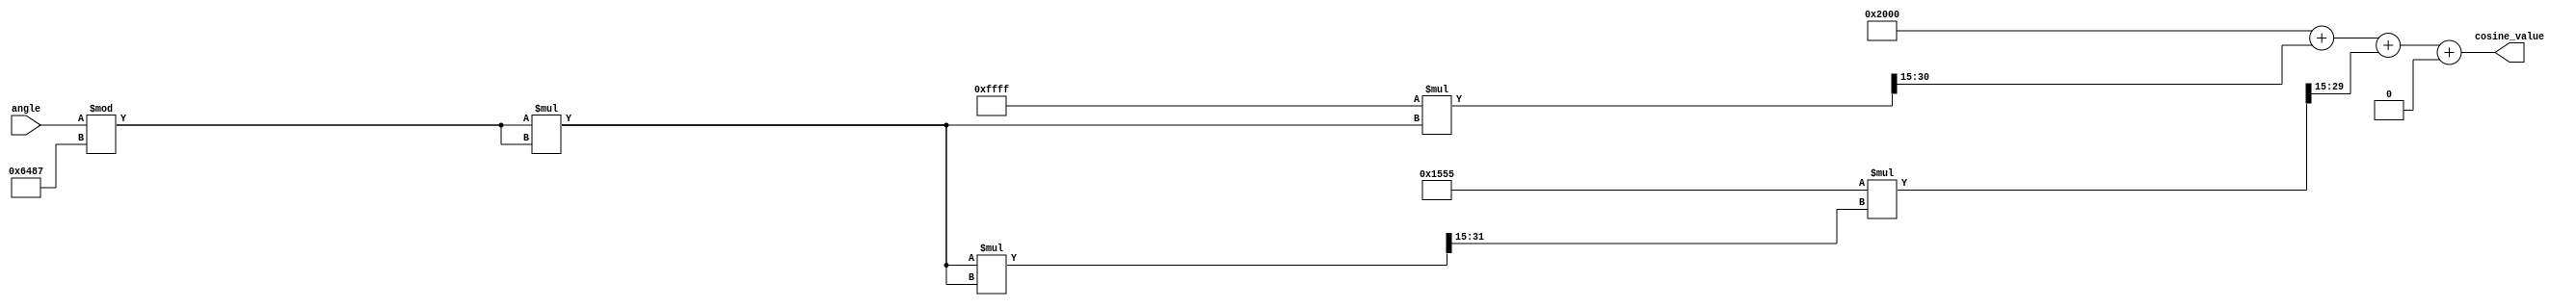
module CosineCalculator (
    input wire [15:0] angle, // Fixed-point representation of angle in radians (Q1.15 format)
    output reg [15:0] cosine_value // Fixed-point representation of cosine value (Q1.15 format)
);

    // Constants for fixed-point representation of 2
    localparam [15:0] TWO_PI = 16'h6487; // Approx. 6.28319 in Q1.15 format

    // Taylor series coefficients for cos(x) in Q1.15 format
    localparam [15:0] COEFF_0 = 16'h2000; // 1.0
    localparam [15:0] COEFF_2 = 16'hFFFF; // -1/2! = -0.5
    localparam [15:0] COEFF_4 = 16'h1555; // 1/4! = 0.04166667
    localparam [15:0] COEFF_6 = 16'h0001; // -1/6! = -0.00138889

    // Normalize angle to [0, 2]
    wire [15:0] normalized_angle;
    assign normalized_angle = angle % TWO_PI;

    // Compute cosine using Taylor series approximation
    reg [31:0] x_squared; // To hold x^2
    reg [31:0] term; // To hold each term in the series
    reg [31:0] result; // To accumulate the result

    always @(*) begin
        // Initialize
        x_squared = normalized_angle * normalized_angle; // x^2
        result = COEFF_0; // Start with the first term of the series

        // Compute the Taylor series terms
        term = COEFF_2 * x_squared >> 15; // -x^2 / 2!
        result = result + term;

        term = (COEFF_4 * (x_squared * x_squared >> 15)) >> 15; // +x^4 / 4!
        result = result + term;

        term = (COEFF_6 * (x_squared * x_squared * x_squared >> 30)) >> 15; // -x^6 / 6!
        result = result + term;

        // Final result scaling
        cosine_value = result[15:0]; // Take the lower 16 bits for output
    end

endmodule